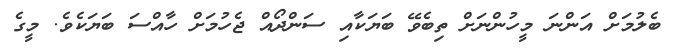
ބެލުމަށް އަންނަ މީހުންނަށް ތިބެވޭ ބަޔަކާއި ސަންދޯއް ޖެހުމަށް ހާއްސަ ބަޔަކެވެ. މީގެ